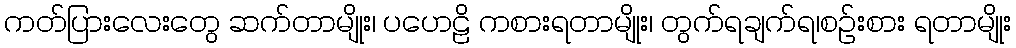
ကတ်ပြားလေးတွေ ဆက်တာမျိုး၊ ပဟေဠိ ကစားရတာမျိုး၊ တွက်ရချက်ရ၊စဉ်းစား ရတာမျိုး